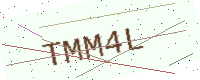
Text: TMM4L